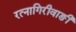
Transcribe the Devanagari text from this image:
रत्‍नागिरीवाङी